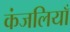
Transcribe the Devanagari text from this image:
कंजलियाँ